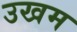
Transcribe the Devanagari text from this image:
उखम